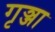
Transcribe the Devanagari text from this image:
गृञ्जा